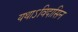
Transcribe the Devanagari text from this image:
यथाऽविदासिन